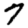
Digit: 7